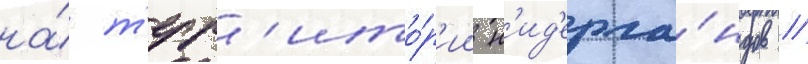
на́ т'ерр'ито́р'ии н'ид'ерла́ндов /